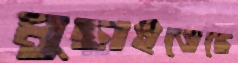
মুছাইতেছে